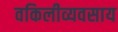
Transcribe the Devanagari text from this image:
वकिलीव्यवसाय